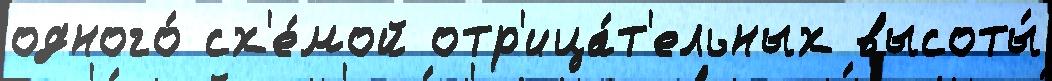
одного́ сх'е́мой отр'ица́т'ельных высоты́